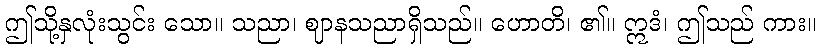
ဤသို့နှလုံးသွင်း သော။ သညာ၊ ဈာနသညာရှိသည်။ ဟောတိ၊ ၏။ ဣဒံ၊ ဤသည် ကား။